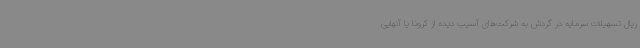
ریال تسهیلات سرمایه در گردش به شرکت‌های آسیب دیده از کرونا یا آنهایی